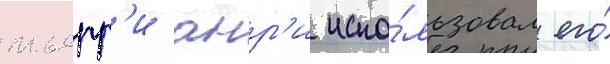
тьерр'и анр'и испо́льзовал его́